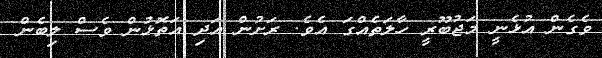
ވެގެން އުޅެނީ މަޖުބޫރީ ހާލަތެއްގަ އެވެ. ރަށުން އަދި އަތޮޅުުން ވެސް ލިބެން